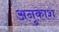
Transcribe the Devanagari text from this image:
अनुकाश